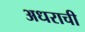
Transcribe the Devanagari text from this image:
अधराची